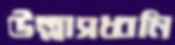
উল্লাসধ্বনি